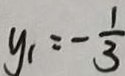
y _ { 1 } = - \frac { 1 } { 3 }